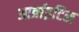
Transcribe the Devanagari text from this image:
आर्त्राइटिस